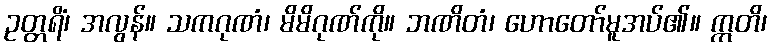
ဥတ္တရိံ၊ အလွန်။ သကဂုဏံ၊ မိမိဂုဏ်ကို။ ဘဏိတံ၊ ဟောတော်မူအပ်၏။ ဣတိ၊